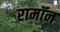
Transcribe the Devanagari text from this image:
रामॉन